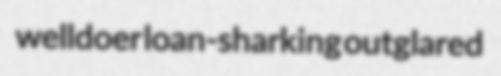
welldoer loan-sharking outglared